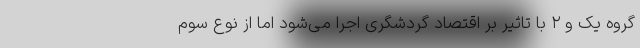
گروه یک و ۲ با تاثیر بر اقتصاد گردشگری اجرا می‌شود اما از نوع سوم